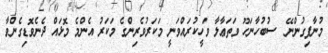
މުނާފިގުންނޭ  ސުބުހާނަހޫ ވަތަޢާލާ ވަހީކުރައްވަނީ މަކަރުވެރިންގެ މަކަރު އެންމެ މޮޅައް ދެނެވޮޑިގެންވާ